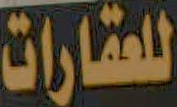
للعقارات